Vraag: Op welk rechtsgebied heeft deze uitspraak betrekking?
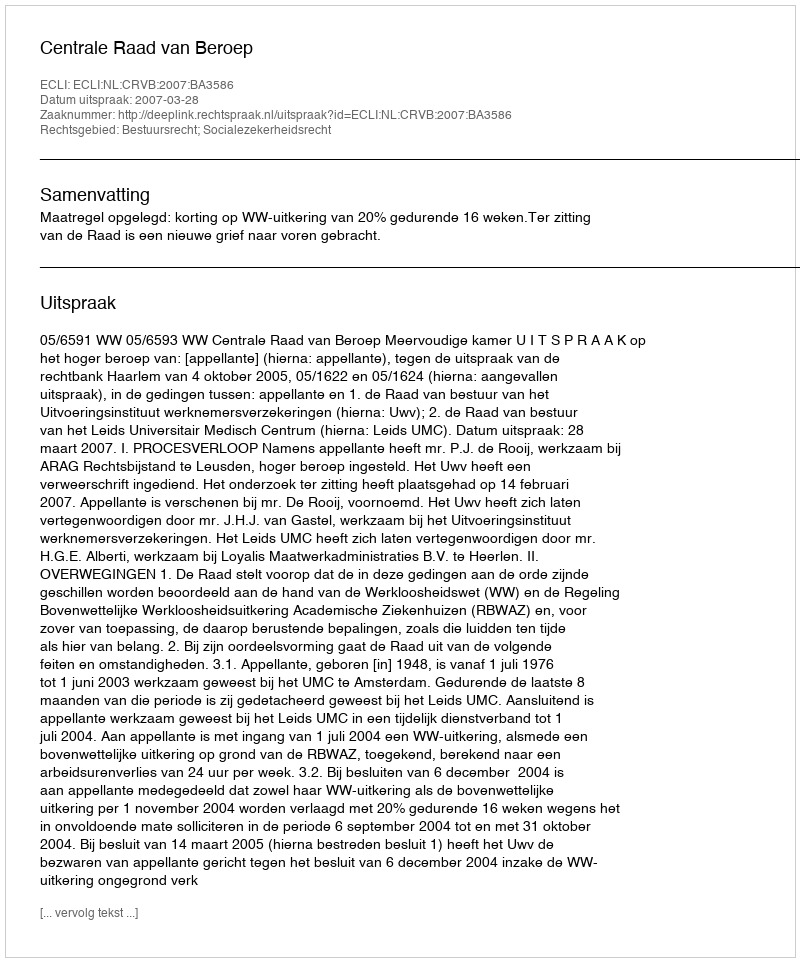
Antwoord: Bestuursrecht; Socialezekerheidsrecht